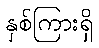
နှစ်ကြားရှိ